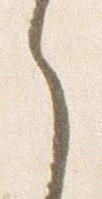
之